Vaccination in Bombay 1913-1923 - 1913-1923
Year: 1913
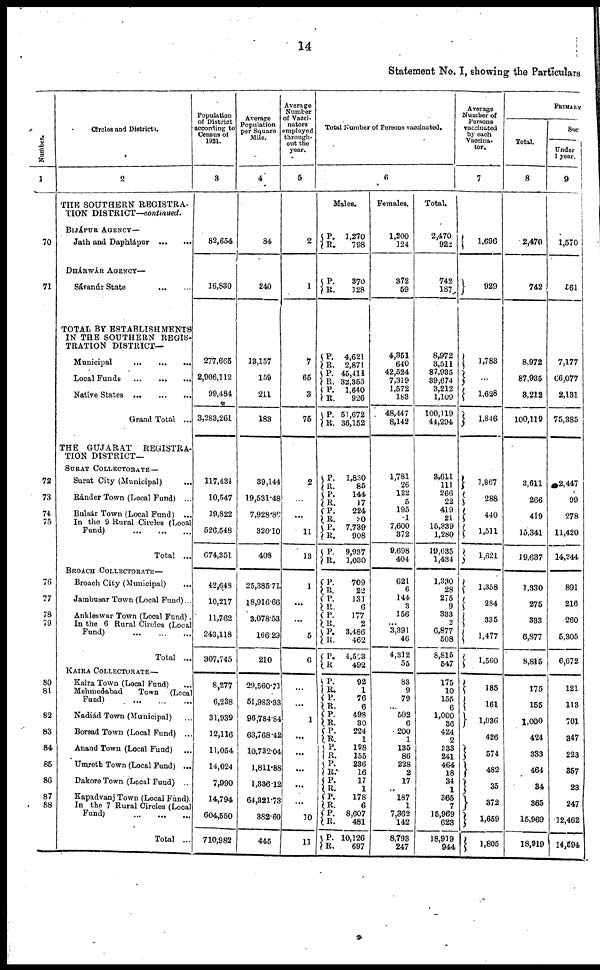
14
Statement No. I, showing the Particulars
Number.
1
70
71
72
73
74
75
76
77
78
79
80
81
82
83
84
85
86
87
Circles and Districts.
2
THE SOUTHERN REGISTRA-
TION DISTRICT—continued.
BIJÁPUR AGENCY—
Jath and Daphlápur
...
...
DHÁRWÁR AGENCY—
Sávanúr State
...
...
TOTAL BY ESTABLISHMENTS
IN THE SOUTHERN REGIS-
TRATION DISTRICT—
Municipal
...
...
...
Local Funds
...
...
...
Native States ... ... ...
Grand Total ...
THE GUJARAT
REGISTRA-
TION DISTRICT—
SURAT COLLECTORATE—
Surat City (Municipal) ...
Ránder Town (Local Fund) ...
Bulsár Town (Local Fund) ...
In the 9 Rural Circles (Local
Fund)
...
...
...
Total ...
BROACH COLLECTORATE—
Broach City (Municipal) ...
Jambusar Town (Local Fund)...
Ankleswar Town (Local Fund).
In the 6 Rural Circles (Local
Fund)
...
...
...
Total ...
KAIRA COLLECTORATE—
Kaira Town (Local Fund) ...
Mehmedabad Town (Local
Fund) ... ... ...
Nadiád Town (Municipal) ...
Borsad Town (Local Fund) ...
Anand Town (Local Fund)
...
Umreth Town (Local Fund) ...
Dakore Town (Local Fund) ...
Kapadvanj Town (Local Fund).
In the 7 Rural Circles (Local
Fund) ... ... ...
Total ...
Population
of District
according to
Census of
1921.
3
82,654
16,830
277,665
2,906,112
99,484
3,283,261
117,434
10,547
19,822
526,548
674,351
42,648
10,217
11,762
243,118
307,745
8,277
6,238
31,939
12,116
11,054
14,024
7,990
14,794
604,550
710,982
Average
Population
per Square
Mile.
4
84
240
13,157
159
211
183
39,144
19,531.48
7,928.80
320.10
408
25,385.71
18,916.66
3,078.53
166.29
210
29,560.71
51,983.33
96,784.84
63,768.42
10,732.04
1,811.88
1,336.12
64,321.73
382.60
445
Average
Number
of Vacci¬
nators
employed
through¬
out the
year.
5
2
1
7
65
3
75
2
...
...
11
13
1
...
...
5
6
...
... 1
...
...
...
...
...
1 0
1 1
Total Number of Persons vaccinated.
6
Males.
P.
R.
P.
R.
P.
R.
P.
R.
P.
R.
P.
R.
P.
R.
P.
R.
P.
R.
P.
R.
P.
R.
P.
R.
P.
R.
P.
R.
P.
R.
P.
R.
P.
R.
P.
R.
P.
R.
P.
R.
P.
R.
P.
R.
P. R.
P.
R. P.
R.
P.
R.
1,270
798
370
128
4,621
2,871
45,411
32,355
1,640
926
51,672
36,152
1,830
85
144
17
224
20
7,739
908
9,937
1,030
709
22
131
6
177
2
3,486
462
4,503
492
92
1
76
6
498
30
224
1
198
155
236
16
17
1
178
6
8,607
481
10,126
697
Females.
1,200
124
372
59
4,351
640
42,524
7,319
1,572
183
48,447
8,142
1,781
26
122
5
195
1
7,600
372
9,698
404
621
6
144
3
156
... 3,391
46
4,312
55
83
9
79
...
502
6
200
1
135
86
228
2
17
...
187
1
7,362
142
8,793
247
Total.
2,470
922
742
187
8,972
3,511
87,935
39,674
3,212
1,109
100,119
44,294
3,611
111
266
22
419
21
15,339
1,280
19,635
1,434
1,330
28
275
9
333
2
6,877
508
8,815
547
175
10
155
6
1,000
36
424
2
333
241
464
18
34
1
365
7
15,969
623
18,919
944
Average
Number of
Persons
vaccinated
by each
Vaccina¬
tor.
7
1,696
929
1,783
...
1,628
1,846
1,867
288
440
1,511
1,621
1,358
284
335
1,477
1,560
185
161
1,036
426
574
482
35
372
1,659
1,805
PRIMARY
Total.
8
2,470
742
8,972
87,935
3,212
100,119
3,611
266
419
15,341
19,637
1,330
275
333
6,877
8,815
175
155
1,000
424
333
464
34
365
15,969
18,919
Suc
Under
1 year.
9
1,570
561
7,177
66,077
2,131
75,385
2,447
99
278
11,420
14,244
891
216
260
5,305
6,672
121
113
701
347
223
357
23
247
12,462
14,594